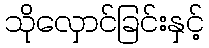
သိုလှောင်ခြင်းနှင့်